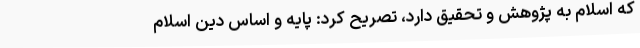
که اسلام به پژوهش و تحقیق دارد، تصریح کرد: پایه و اساس دین اسلام